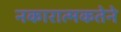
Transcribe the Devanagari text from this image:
नकारात्मकतेने